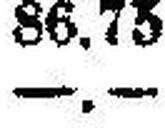
—.—